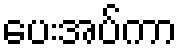
ပေးအပ်ကာ